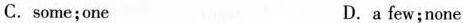
C.some;one D.a few;none